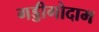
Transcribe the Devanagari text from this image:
गड्डीगोदाम